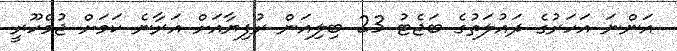
އަންނަ އަހަރުގެ ދައުލަތުގެ ބަޖެޓު 23 ބިލިއަން ރުފިޔާއަށް އަރާނެ ކަމަށް ޖުމްހޫރީ